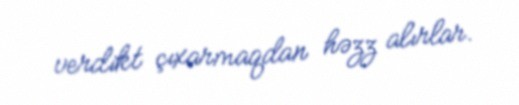
verdikt çıxarmaqdan həzz alırlar.